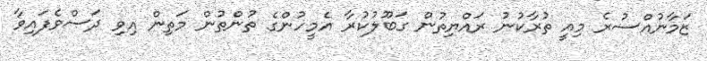
ޒަމާނުއްސުރެ މިއީ ތުރާކުނު ރައްޔިތުން ގަބޫލުކުރާ އެމީހުންގެ ތުންތުން މަތިން އިވި ދަސްވެފައިވާ